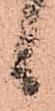
候